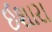
ઈશારા